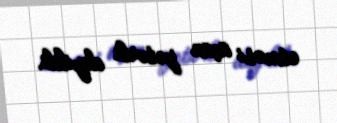
etməsi üçün yetərli deyildi.